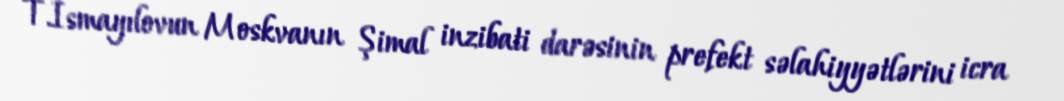
T.İsmayılovun Moskvanın Şimal inzibati darəsinin prefekt səlahiyyətlərini icra